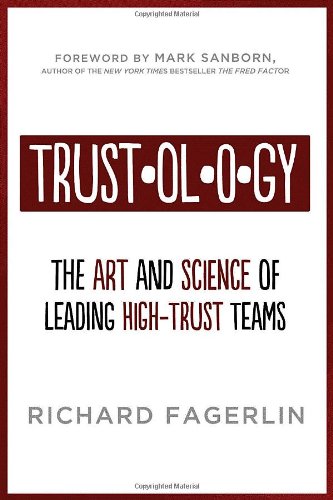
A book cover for Trustology: The Art and Science of Leading High-Trust Teams; Richard Fagerlin; Business & Money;